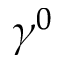
\gamma ^ { 0 }